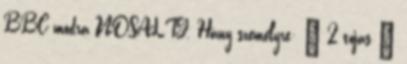
BBC módra NOSALTY. Hány személyre: » 2 tojás »